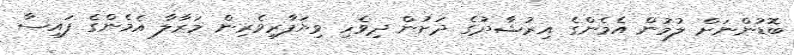
ބޮޑުންނަށް ލުމުން އެމެންގެ އިރުޝާދުގެ ދަށުން ދިވެހި ވިޔަފާރިވެރިން މަރާލާ އެމެންގެ ފައިސާ